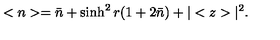
< n > = \bar { n } + \sinh ^ { 2 } r ( 1 + 2 \bar { n } ) + | < z > | ^ { 2 } .